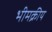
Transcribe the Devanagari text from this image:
भीमक्रीय